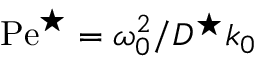
\mathrm { P e } ^ { \star } = \omega _ { 0 } ^ { 2 } / D ^ { \star } k _ { 0 }